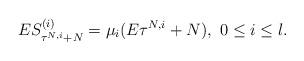
LaTeX: \begin{align*}ES^{(i)}_{\tau^{N,i}+N}=\mu_i(E\tau^{N,i}+N),\ 0\le i\le l.\end{align*}